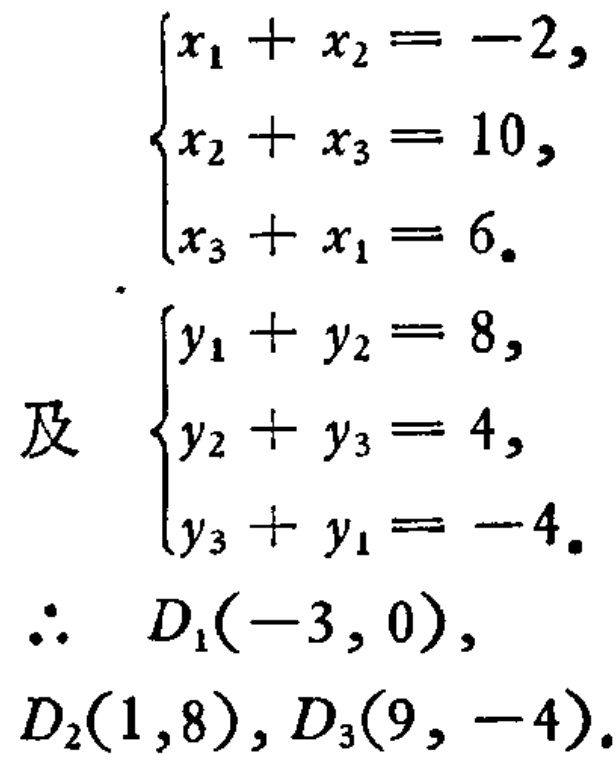
\[
\begin{cases}
x_{1}+x_{2}=-2,\\
x_{2}+x_{3}=10,\\
x_{3}+x_{1}=6.
\end{cases}
\]
及
\[
\begin{cases}
y_{1}+y_{2}=8,\\
y_{2}+y_{3}=4,\\
y_{3}+y_{1}=-4.
\end{cases}
\]
\(\therefore\) \(D_{1}(-3,0)\), \(D_{2}(1,8)\), \(D_{3}(9,-4)\).